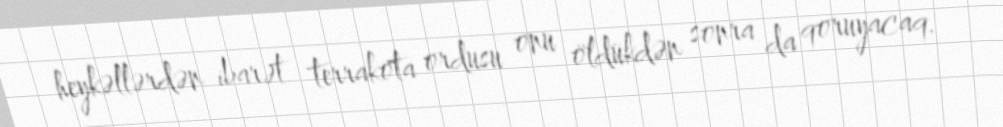
heykəllərdən ibarət terrakota ordusu onu öldükdən sonra da qoruyacaq.